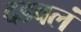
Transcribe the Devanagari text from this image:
दडवलं